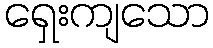
ရှေးကျသော